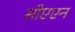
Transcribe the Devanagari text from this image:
सीएएन